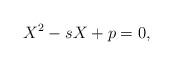
LaTeX: \begin{align*}X^2-s X + p=0,\end{align*}